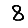
Digit: 8